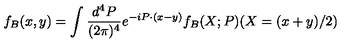
f _ { B } ( x , y ) = \int \frac { d ^ { 4 } P } { ( 2 \pi ) ^ { 4 } } e ^ { - i P \cdot ( x - y ) } f _ { B } ( X ; P ) ( X = ( x + y ) / 2 )